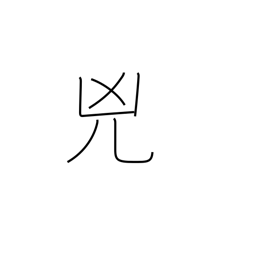
Meaning: wickedness